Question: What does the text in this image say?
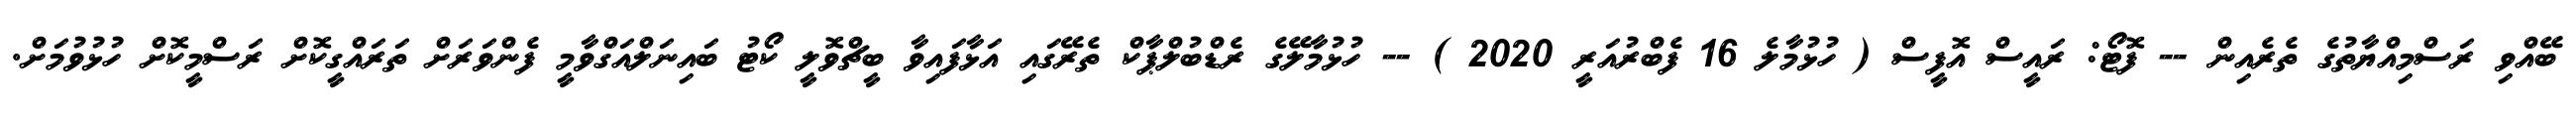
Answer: ބޭއްވި ރަސްމިއްޔާތުގެ ތެރެއިން -- ފޮޓޯ: ރައީސް އޮފީސް ( ހުޅުމާލެ 16 ފެބްރުއަރީ 2020 ) -- ހުޅުމާލޭގެ ރެޑްބުލްޕާކް ތެރޭގައި އަޅާފައިވާ ބީޗްވޮލީ ކޯޓު ބައިނަލްއަގްވާމީ ފެންވަރަށް ތަރައްގީކޮށް ރަސްމީކޮށް ހުޅުވުމަށް.